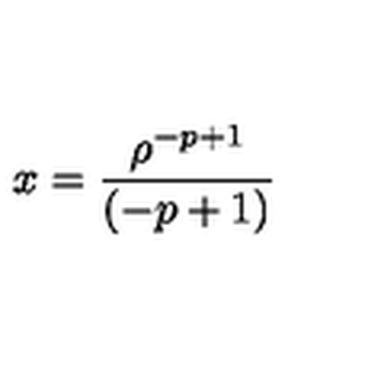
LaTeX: x = { \frac { \rho ^ { - p + 1 } } { ( - p + 1 ) } }